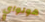
هولواي